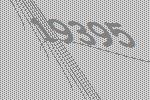
19395